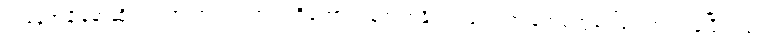
ယနေ့အချိန်မှာဆိုရင် အာကာသအတွင်းကိုတောင်ပစ်လွှတ်နိုင်တဲ့ ဒုံးလက် နက်တွေပေါ်ပေါက်လာခဲ့ပြီလည်း